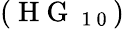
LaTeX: (\mathrm{~H~G~}_{\mathrm{~1~0~}})